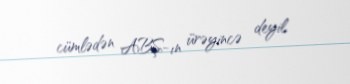
cümlədən ABŞ-ın ürəyincə deyil.